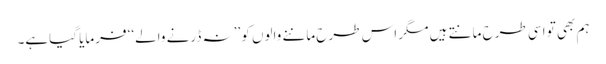
ہم بھی تو اسی طرح مانتے ہیں مگر اس طرح ماننے والوں کو ’’نہ ڈرنے والے‘‘ فرمایا گیاہے۔